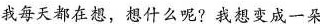
我每天都在想，想什么呢?我想变成一朵